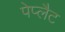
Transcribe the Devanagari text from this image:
पेप्लैट